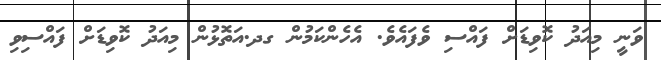
ވަނީ މިއަދު ކޮވިޑަށް ފައްސި ވެފައެވެ. އެހެންކަމުން ގދ.އަތޮޅުން މިއަދު ކޮވިޑަށް ފައްސިވި